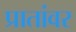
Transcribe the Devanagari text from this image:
प्रातांवर